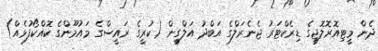
ދެން މީޓިއޮރޮލޮޖީގެ ޑިރެކްޓަރު ޖެނެރަލްގެ އަބްދު އަލްގީން (ކުރީގެ ރައީސްގެ މައުމޫންގެ ކޮއްކޯފުޅެއް)